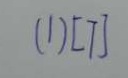
( 1 ) [ 7 ]